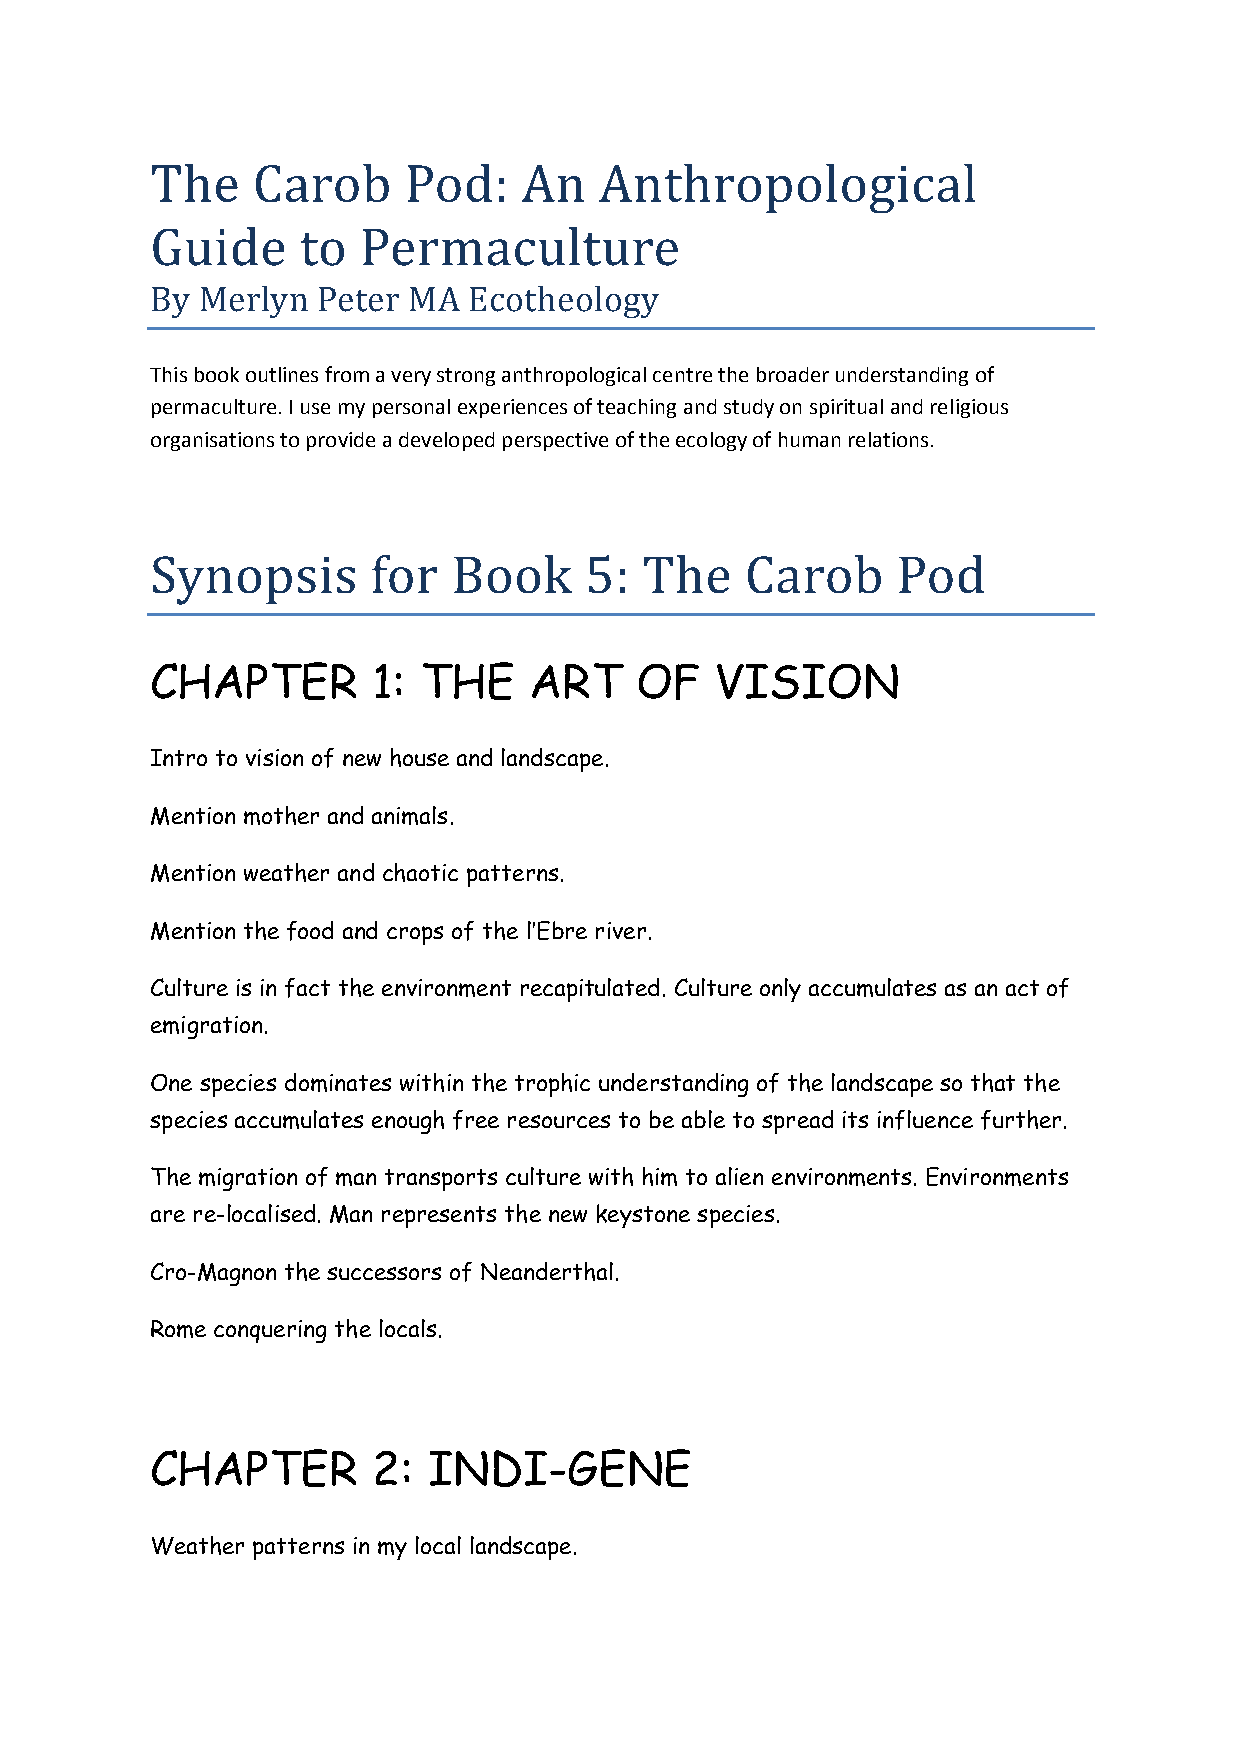
The    Carob     Pod:   An    Anthropological
 Guide     to  Permaculture
 By Merlyn  Peter MA  Ecotheology
 This book outlines from a very strong anthropological centre the broader understanding of
 permaculture. I use my personal experiences of teaching and study on spiritual and religious
 organisations to provide a developed perspective of the ecology of human relations.
 Synopsis       for  Book     5: The    Carob     Pod
 CHAPTER        1: THE    ART    OF   VISION
 Intro to vision of new house and landscape.
 Mention mother and animals.
 Mention weather and chaotic patterns.
 Mention the food and crops of the l’Ebre river.
 Culture is in fact the environment recapitulated. Culture only accumulates as an act of
 emigration.
 One species dominates within the trophic understanding of the landscape so that the
 species accumulates enough free resources to be able to spread its influence further.
 The migration of man transports culture with him to alien environments. Environments
 are re-localised. Man represents the new keystone species.
 Cro-Magnon the successors of Neanderthal.
 Rome conquering the locals.
 CHAPTER        2: INDI-GENE
 Weather patterns in my local landscape.